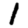
Digit: 1